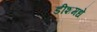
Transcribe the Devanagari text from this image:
डीशमधे